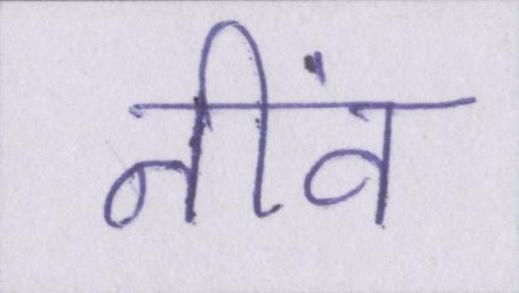
नींव